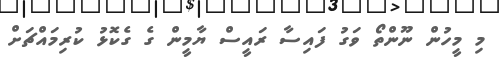
މި މީހުން ނޫންތޯ ވަގު ފައިސާ ރައީސް ޔާމީން ގެ ގެކޮޅު ކުރިމައްޗަށް